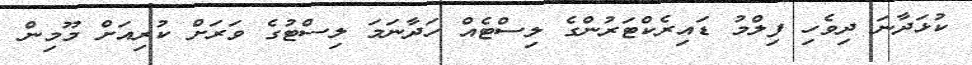
ކުޅަދާނަ ދިވެހި ފިލްމު ޑައިރެކްޓަރުންގެ ލިސްޓެއް ހަދާނަމަ ލިސްޓުގެ ވަރަށް ކުރިއަށް މޫމިން